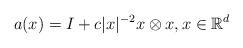
LaTeX: \begin{align*}a(x)=I+c|x|^{-2}x\otimes x, x \in \mathbb R^d\end{align*}